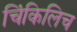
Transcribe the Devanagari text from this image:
चिंकिलिच